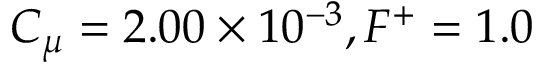
C _ { \mu } = 2 . 0 0 \times 1 0 ^ { - 3 } , F ^ { + } = 1 . 0